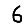
Digit: 6